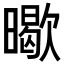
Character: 𭧸